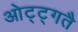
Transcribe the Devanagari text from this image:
ओट्ट्गतै